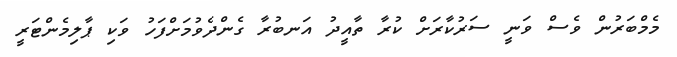
މެމްބަރުން ވެސް ވަނީ ސަރުކާރަށް ކުރާ ތާއީދު އަނބުރާ ގެންދެވުމަށްފަހު ވަކި ޕާލިމެންޓަރީ